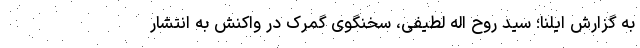
به گزارش ایلنا؛ سید روح اله لطیفی، سخنگوی گمرک در واکنش به انتشار